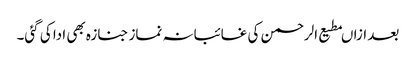
بعد ازاںمطیع الرحمن کی غائبانہ نماز جنازہ بھی ادا کی گئی۔